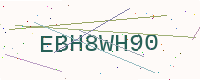
Text: EBH8WH90